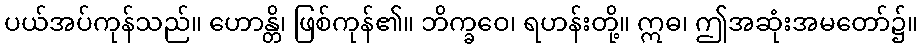
ပယ်အပ်ကုန်သည်။ ဟောန္တိ၊ ဖြစ်ကုန်၏။ ဘိက္ခဝေ၊ ရဟန်းတို့။ ဣဓ၊ ဤအဆုံးအမတော်၌။